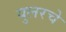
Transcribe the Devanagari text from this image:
युलरचे